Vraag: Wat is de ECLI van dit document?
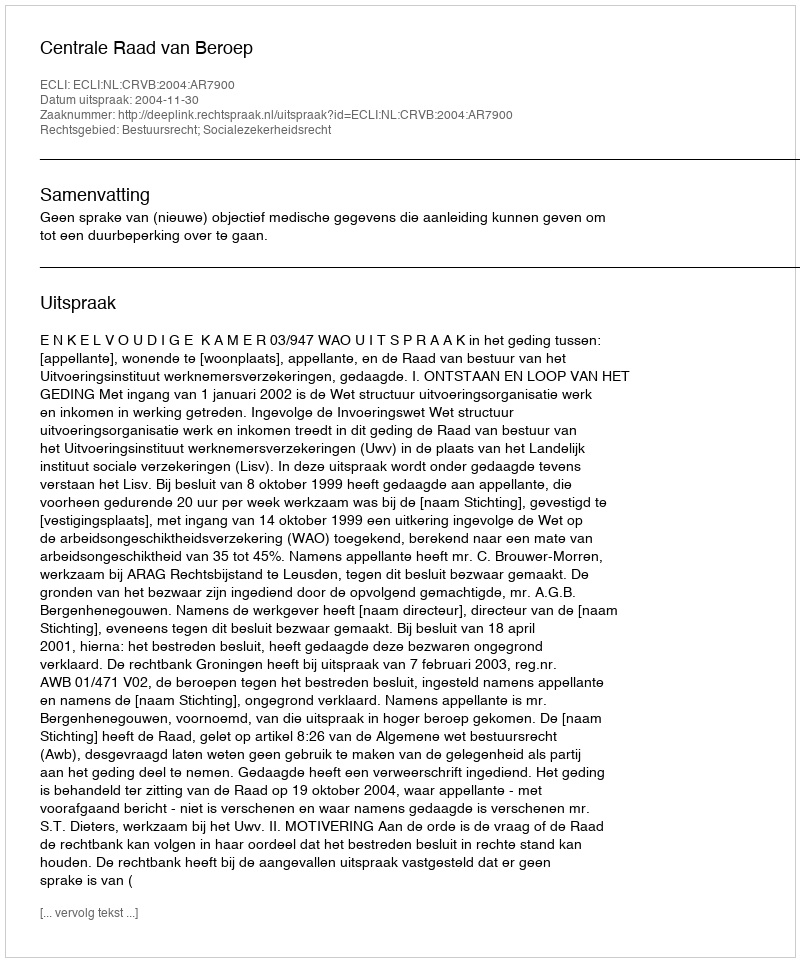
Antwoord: ECLI:NL:CRVB:2004:AR7900